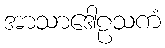
အာသာဒေါဠသကံ